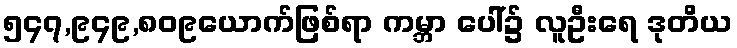
၅၄၇,၉၄၉,၈၀၉ယောက်ဖြစ်ရာ ကမ္ဘာ ပေါ်၌ လူဦးရေ ဒုတိယ